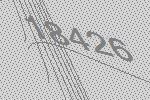
18426